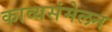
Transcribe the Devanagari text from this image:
काव्यसंमेलन